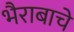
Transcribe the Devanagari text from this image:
भैराबाचे